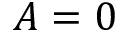
A = 0